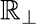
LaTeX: \mathbb{R}_{\perp}